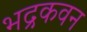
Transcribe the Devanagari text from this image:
भद्रकवन